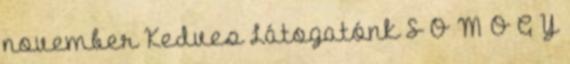
november Kedves Látogatónk S O M O G Y